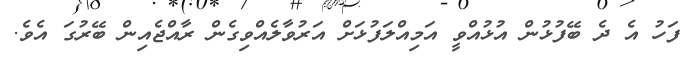
ފަހު އެ ދެ ބޭފުޅުން އުޅުއްވީ އަމިއްލަފުޅަށް އަރުވާލެއްވިގެން ރާއްޖެއިން ބޭރުގަ އެވެ.